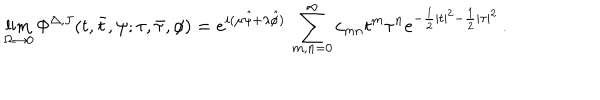
LaTeX: \lim _ { \Omega \to 0 } \Phi ^ { \Delta , J } ( t , \bar { t } , \psi ; \tau , \bar { \tau } , \phi ) = e ^ { i ( \mu \hat { \psi } + \lambda \hat { \phi } ) } \, \sum _ { m , n = 0 } ^ { \infty } c _ { m n } t ^ { m } \tau ^ { n } e ^ { - \frac { 1 } { 2 } | t | ^ { 2 } - \frac { 1 } { 2 } | \tau | ^ { 2 } } \, .